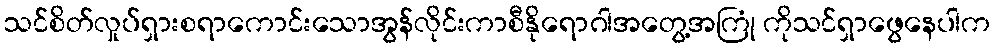
သင်စိတ်လှုပ်ရှားစရာကောင်းသောအွန်လိုင်းကာစီနိုရောဂါအတွေ့အကြုံ ကိုသင်ရှာဖွေနေပါက